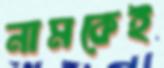
নামকেই